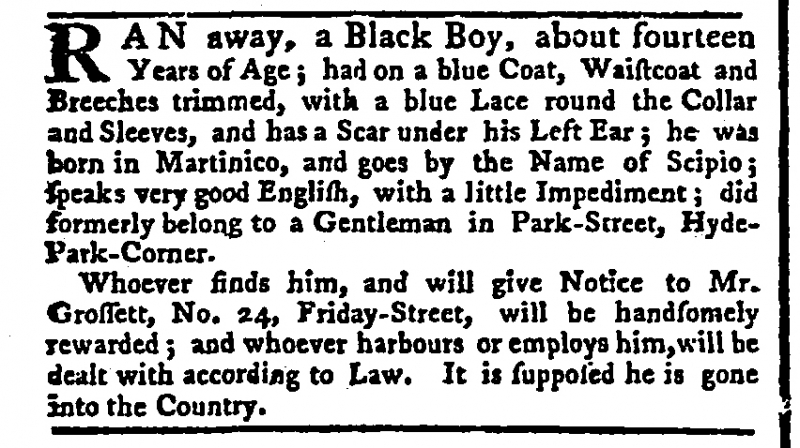
St. James's Chronicle or the British Evening Post, 22 June 1769 (England)
RAN away, a Black Boy, about fourteen Years of Age; had on a blue Coat, Waistcoat and Breeches trimmed, with a blue Lace round the Collar and Sleeves, and has a Scar under his Left Ear; he was born in Martinico, and goes by the Name of Scipio; speaks very good English with a little Impediment; did formerly belong to a Gentleman in Park-Street, Hyde-Park-Corner.  Whoever finds him, and will give Notice to Mr. Grossett, No. 24, Friday-Street, will be handsomely rewarded; and whoever harbours or employs him, will be dealt with according to Law. It is supposed he is gone into the Country.